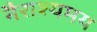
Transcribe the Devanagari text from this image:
नैराश्यमय